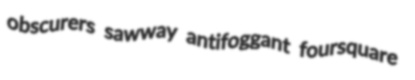
obscurers sawway antifoggant foursquare